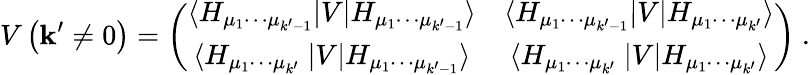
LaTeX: V\left(\mathbf{k}^{\prime}\ne0\right)=\left(\begin{array}{cc}{{\langle H_{\mu_{1}\cdots\mu_{k^{\prime}-1}}|V|H_{\mu_{1}\cdots\mu_{k^{\prime}-1}}\rangle}}&{{\langle H_{\mu_{1}\cdots\mu_{k^{\prime}-1}}|V|H_{\mu_{1}\cdots\mu_{k^{\prime}}}\rangle}}\\ {{\langle H_{\mu_{1}\cdots\mu_{k^{\prime}~~}}|V|H_{\mu_{1}\cdots\mu_{k^{\prime}-1}}\rangle}}&{{\langle H_{\mu_{1}\cdots\mu_{k^{\prime~~}}}|V|{H}_{\mu_{1}\cdots\mu_{k^{\prime}}}\rangle}}\end{array}\right)\ .